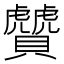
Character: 贙